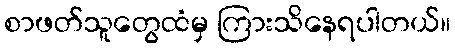
စာဖတ်သူတွေထံမှ ကြားသိနေရပါတယ်။